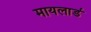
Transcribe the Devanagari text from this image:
मायलार्ड